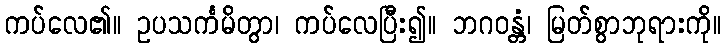
ကပ်လေ၏။ ဥပသင်္ကမိတွာ၊ ကပ်လေပြီး၍။ ဘဂဝန္တံ၊ မြတ်စွာဘုရားကို။